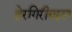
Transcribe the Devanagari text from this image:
हेरगिरीबद्दल